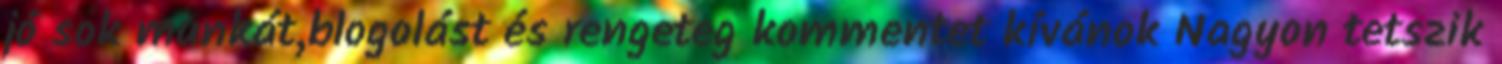
jó sok munkát,blogolást és rengeteg kommentet kívánok Nagyon tetszik